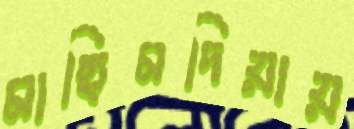
মাছিমদিয়ায়